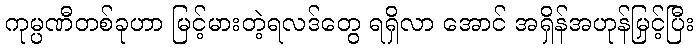
ကုမ္ပဏီတစ်ခုဟာ မြင့်မားတဲ့ရလဒ်တွေ ရရှိလာ အောင် အရှိန်အဟုန်မြှင့်ပြီး